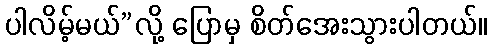
ပါလိမ့်မယ်”လို့ ပြောမှ စိတ်အေးသွားပါတယ်။